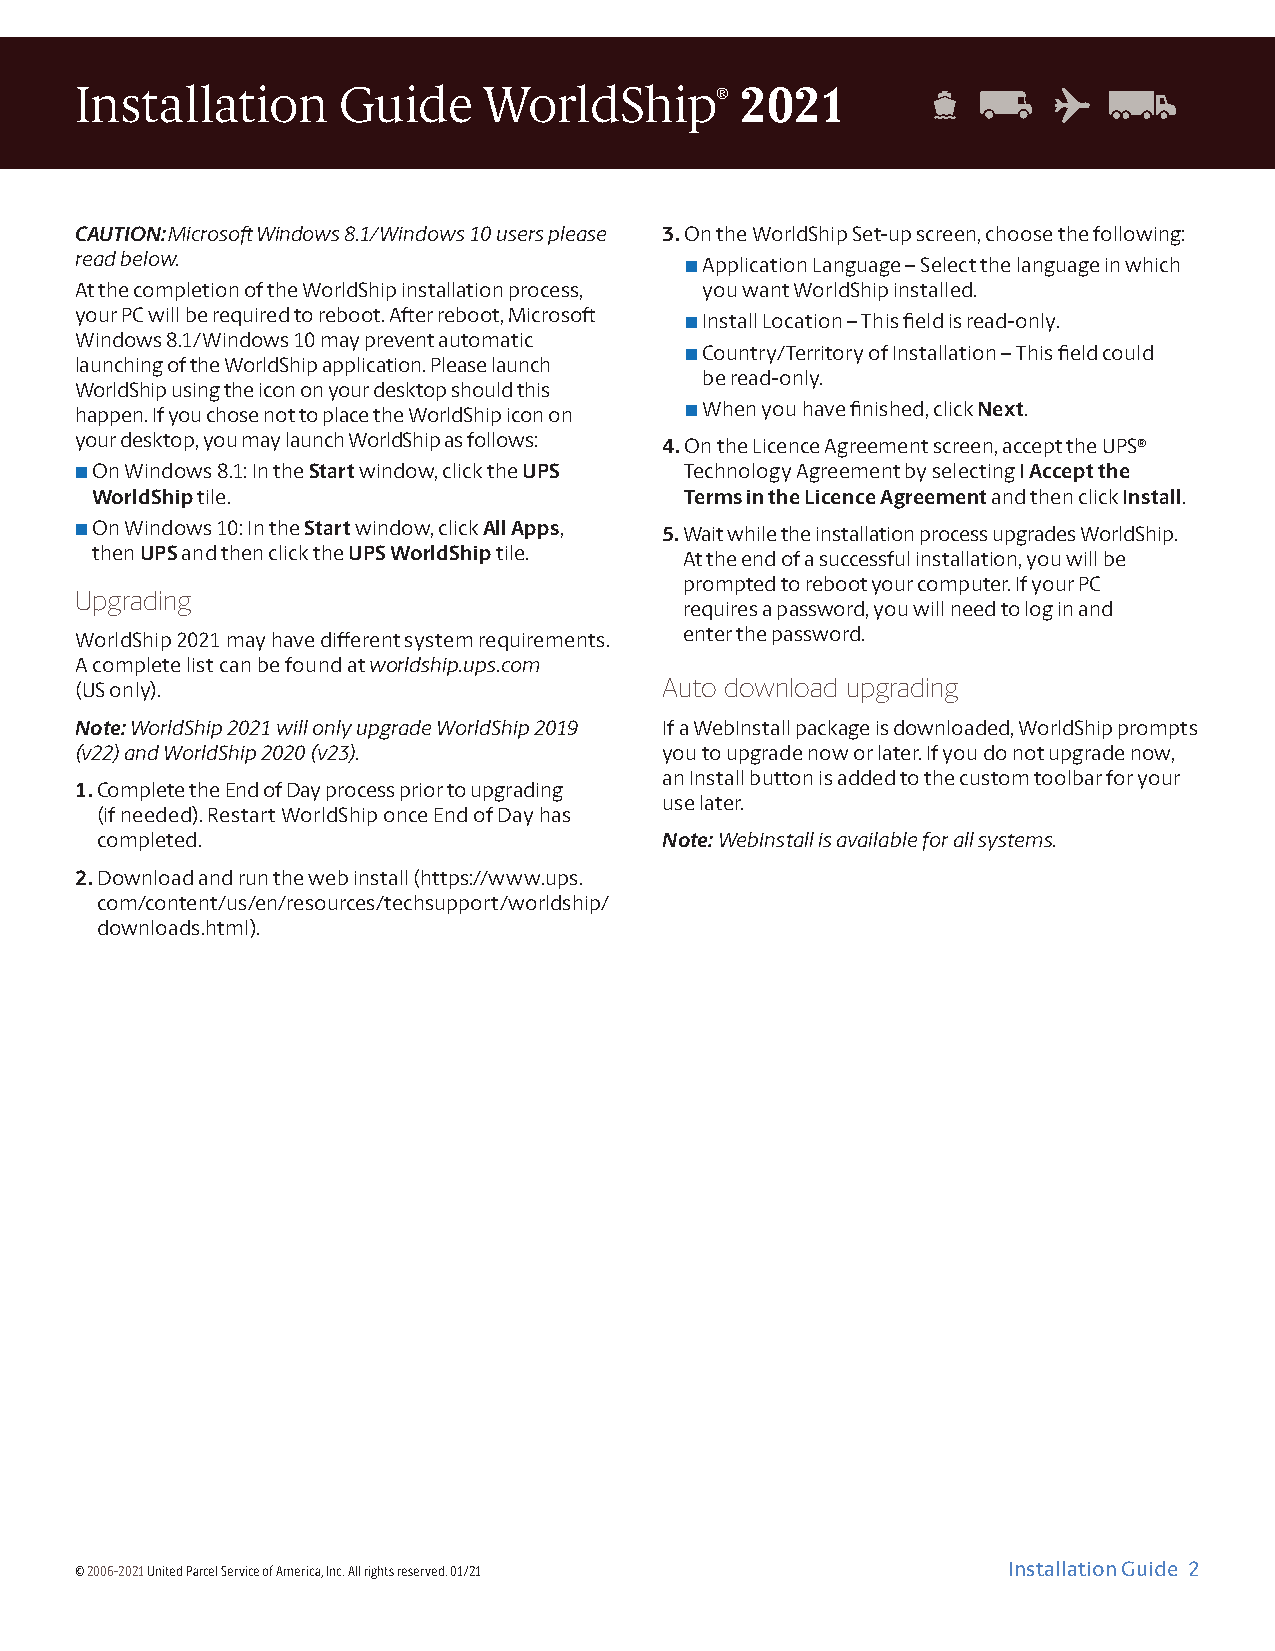
Installation     Guide     WorldShip®       2021
 CAUTION: Microsoft Windows 8.1/Windows 10 users please 3. On the WorldShip Set-up screen, choose the following:
 read below.                             ■ Application Language – Select the language in which
 At the completion of the WorldShip installation process, you want WorldShip installed.
 your PC will be required to reboot. After reboot, Microsoft ■ Install Location – This field is read-only.
 Windows 8.1/Windows 10 may prevent automatic
 ■ Country/Territory of Installation – This field could
 launching of the WorldShip application. Please launch
 be read-only.
 WorldShip using the icon on your desktop should this
 happen. If you chose not to place the WorldShip icon on ■ When you have finished, click Next.
 your desktop, you may launch WorldShip as follows: 4. On the Licence Agreement screen, accept the UPS®
 ■ On Windows 8.1: In the Start window, click the UPS Technology Agreement by selecting I Accept the
 WorldShip tile.                        Terms in the Licence Agreement and then click Install.
 ■ On Windows 10: In the Start window, click All Apps, 5. W ait while the installation process upgrades WorldShip.
 then UPS and then click the UPS WorldShip tile. At the end of a successful installation, you will be
 prompted to reboot your computer. If your PC
 requires a password, you will need to log in and
 Upgrading
 WorldShip 2021 may have different system requirements. enter the password.
 A complete list can be found at worldship.ups.com
 (US only).
 Auto download upgrading
 Note: WorldShip 2021 will only upgrade WorldShip 2019 If a WebInstall package is downloaded, WorldShip prompts
 (v22) and WorldShip 2020 (v23).        you to upgrade now or later. If you do not upgrade now,
 an Install button is added to the custom toolbar for your
 1. Complete the End of Day process prior to upgrading
 use later.
 (if needed). Restart WorldShip once End of Day has
 completed.                            Note: WebInstall is available for all systems.
 2. Download and run the web install (https://www.ups.
 com/content/us/en/resources/techsupport/worldship/
 downloads.html).
 © 2006-2021 United Parcel Service of America, Inc. All rights reserved. 01/21 Installation Guide 2